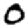
Digit: 0